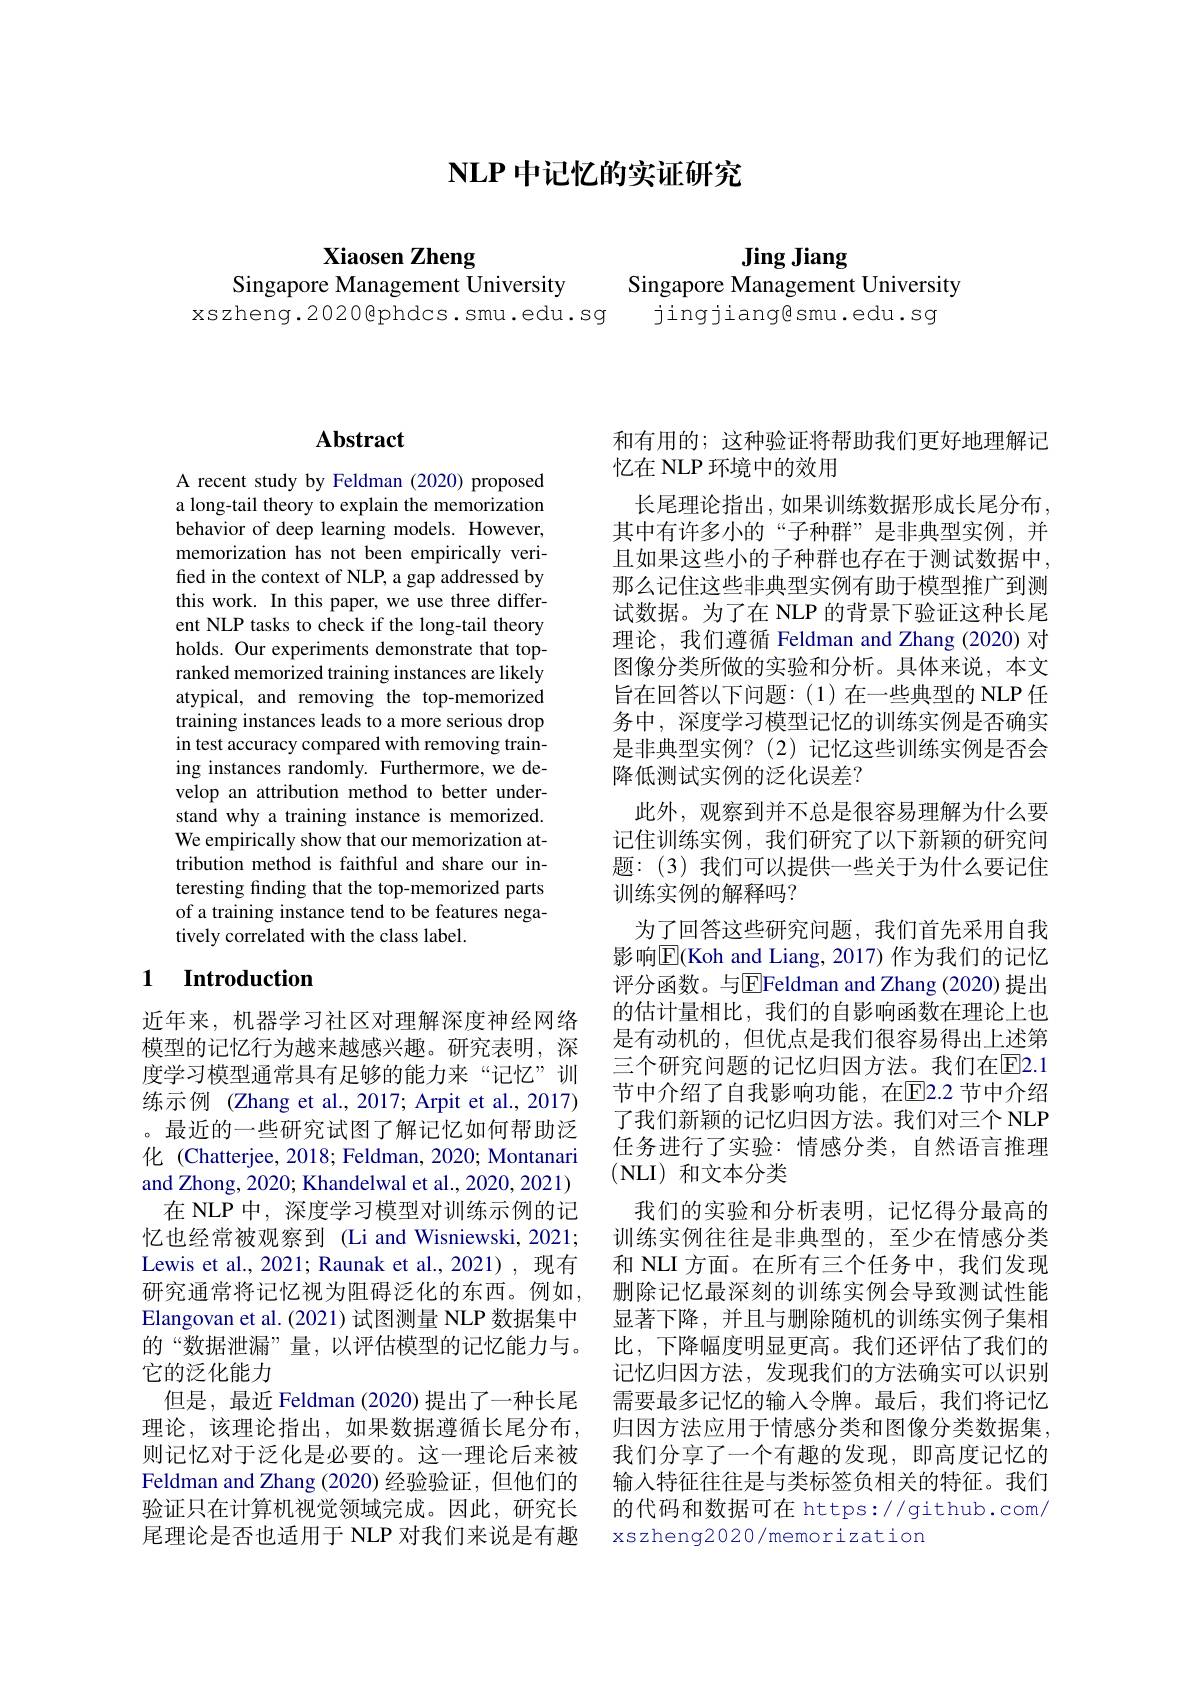
$\mathbf{NLP}$中记忆的实证研究

# Xiaosen Zheng

Jing Jiang
Singapore Management University

Singapore Management University
xszheng.2020@phdcs.smu.edu.sg jingjiang@smu.edu.sg

# Abstract

A recent study by Feldman (2020) proposed a long-tail theory to explain the memorization behavior of deep learning models. However, memorization has not been empirically verified in the context of NLP, a gap addressed by this work. In this paper, we use three different NLP tasks to check if the long-tail theory holds. Our experiments demonstrate that topranked memorized training instances are likely atypical, and removing the top-memorized training instances leads to a more serious drop in test accuracy compared with removing training instances randomly. Furthermore, we develop an attribution method to better understand why a training instance is memorized. We empirically show that our memorization attribution method is faithful and share our interesting finding that the top-memorized parts of a training instance tend to be features negatively correlated with the class label.

## 1 $\textbf{Introduction}$

近年来，机器学习社区对理解深度神经网络模型的记忆行为越来越感兴趣。研究表明，深度学习模型通常具有足够的能力来“记忆”训练示例 (Zhang et al., 2017; Arpit et al., 2017) 。最近的一些研究试图了解记忆如何帮助泛化 (Chatterjee, 2018; Feldman, 2020; Montanari and Zhong, 2020; Khandelwal et al., 2020, 2021) 在 NLP 中，深度学习模型对训练示例的记忆也经常被观察到 (Li and Wisniewski, 2021; Lewis et al., 2021; Raunak et al., 2021), 现有研究通常将记忆视为阻碍泛化的东西。例如， Elangovan et al.(2021) 试图测量 NLP 数据集中的“数据泄漏”量，以评估模型的记忆能力与。它的泛化能力
但是，最近 Feldman (2020) 提出了一种长尾理论，该理论指出，如果数据遵循长尾分布， 则记忆对于泛化是必要的。这一理论后来被Feldman and Zhang (2020) 经验验证，但他们的验证只在计算机视觉领域完成。因此，研究长尾理论是否也适用于 NLP 对我们来说是有趣

和有用的；这种验证将帮助我们更好地理解记
忆在 NLP 环境中的效用
长尾理论指出，如果训练数据形成长尾分布。其中有许多小的“子种群”是非典型实例，并且如果这些小的子种群也存在于测试数据中， 那么记住这些非典型实例有助于模型推广到测试数据。为了在 NLP 的背景下验证这种长尾理论，我们遵循 Feldman and Zhang (2020) 对图像分类所做的实验和分析。具体来说，本文旨在回答以下问题：(1)在一些典型的 NLP 任务中，深度学习模型记忆的训练实例是否确实是非典型实例？(2)记忆这些训练实例是否会降低测试实例的泛化误差？
此外，观察到并不总是很容易理解为什么要记住训练实例，我们研究了以下新颖的研究问题：(3)我们可以提供一些关于为什么要记住训练实例的解释吗？
为了回答这些研究问题，我们首先采用自我影响$\overline{\mathrm{E}}($Koh and Liang, 2017)作为我们的记忆评分函数。与$\overline{\mathrm{E}}$Feldman and Zhang (2020)提出的估计量相比，我们的自影响函数在理论上也是有动机的，但优点是我们很容易得出上述第三个研究问题的记忆归因方法。我们在$\overline{\mathrm{E}}2.1$ 节中介绍了自我影响功能，在$\overline{\mathrm{E}}$2.2 节中介绍了我们新颖的记忆归因方法。我们对三个 NLP 任务进行了实验：情感分类，自然语言推理(NLI)和文本分类
我们的实验和分析表明，记忆得分最高的训练实例往往是非典型的，至少在情感分类和 NLI 方面。在所有三个任务中，我们发现删除记忆最深刻的训练实例会导致测试性能显著下降，并且与删除随机的训练实例子集相比，下降幅度明显更高。我们还评估了我们的记忆归因方法，发现我们的方法确实可以识别需要最多记忆的输入令牌。最后，我们将记忆归因方法应用于情感分类和图像分类数据集， 我们分享了一个有趣的发现，即高度记忆的输入特征往往是与类标签负相关的特征。我们的代码和数据可在 https://github.com/ xszheng2020/memorization